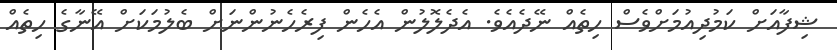
ޝިފާއަށް ކަމުދިއުމަށްވެސް ހިތެއް ނޭދެއެވެ. އެދެލޮލުން އެހެން ފިރެހެނުންނަށް ބެލުމަކަށް އޭނާގެ ހިތެއް